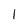
Character: 1